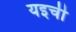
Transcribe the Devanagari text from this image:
यइची